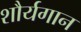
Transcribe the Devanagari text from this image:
शौर्यगान